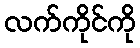
လက်ကိုင်ကို